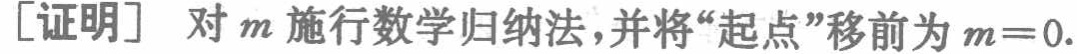
[证明] 对 \(m\) 施行数学归纳法,并将“起点”移前为 \(m = 0\).